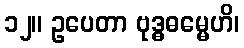
၁၂။ ဥပေတာ ဗုဒ္ဓဓမ္မေဟိ၊